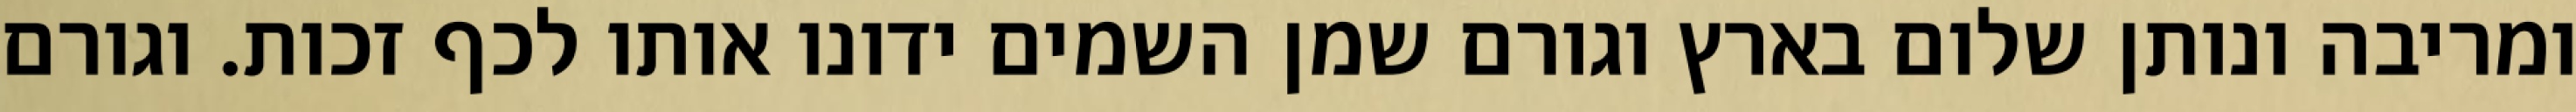
ומריבה ונותן שלום בארץ וגורם שמן השמים ידונו אותו לכף זכות. וגורם